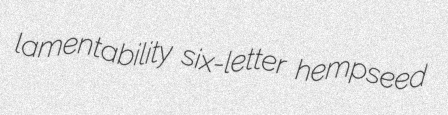
lamentability six-letter hempseed